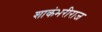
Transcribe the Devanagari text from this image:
शाकंभरीराज